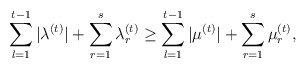
\begin{align*} \sum_{l=1}^{t-1}|\lambda^{(t)}| + \sum_{r=1}^s\lambda^{(t)}_r \ge\sum_{l=1}^{t-1}|\mu^{(t)}| + \sum_{r=1}^s\mu^{(t)}_r, \qquad\end{align*}